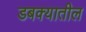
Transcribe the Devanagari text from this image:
डबक्यातील